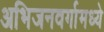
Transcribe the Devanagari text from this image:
अभिजनवर्गामध्ये